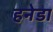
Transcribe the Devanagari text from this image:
हनेडा